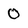
Character: 0